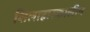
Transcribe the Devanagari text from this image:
शिलाहारकालीन